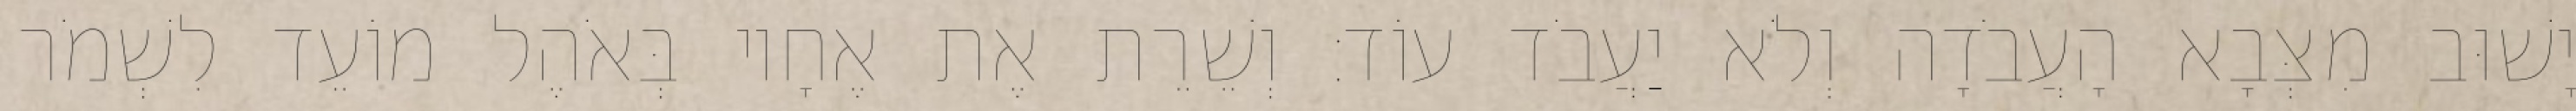
יָשׁוּב מִצְּבָא הָעֲבֹדָה וְלֹא יַעֲבֹד עוֹד׃ וְשֵׁרֵת אֶת אֶחָיו בְּאֹהֶל מוֹעֵד לִשְׁמֹר